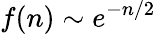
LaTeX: f(n)\sim e^{-n/2}